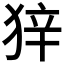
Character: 𰡒